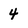
Character: 4